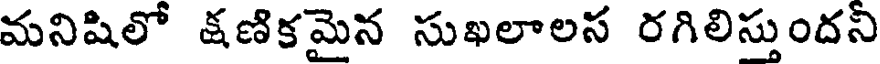
మనిషిలో క్షణికమైన సుఖలాలస రగిలిస్తుందని